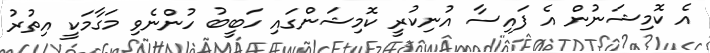
އެ ކޮމިޝަނުން އެ ފައިސާ އުނިކުރީ ކޮމިޝަންގައި ހަބީބު ހުންނެވި މަގާމަކީ އިތުރު